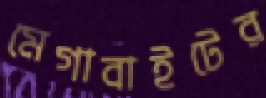
মেগাবাইটের